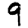
Digit: 9